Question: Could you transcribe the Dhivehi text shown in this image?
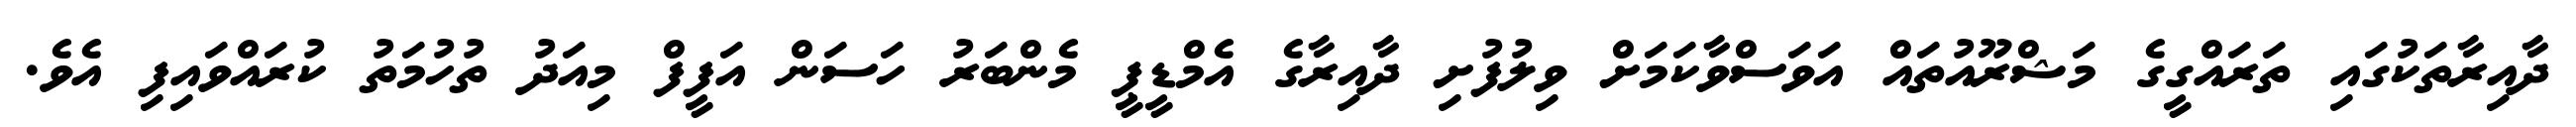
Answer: ދާއިރާތަކުގައި ތަރައްގީގެ މަޝްރޫއުތައް އަވަސްވާކަމަށް ވިލުފުށި ދާއިރާގެ އެމްޑީޕީ މެންބަރު ހަސަން އަފީފް މިއަދު ތުހުމަތު ކުރައްވައިފި އެވެ.